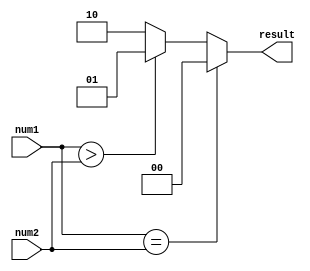
module fixed_point_comparator (
    input signed [15:0] num1,
    input signed [15:0] num2,
    output reg [1:0] result
);

always @* begin
    if (num1 == num2)
        result = 2'b00; // equal
    else if (num1 > num2)
        result = 2'b01; // greater than
    else
        result = 2'b10; // less than
end

endmodule